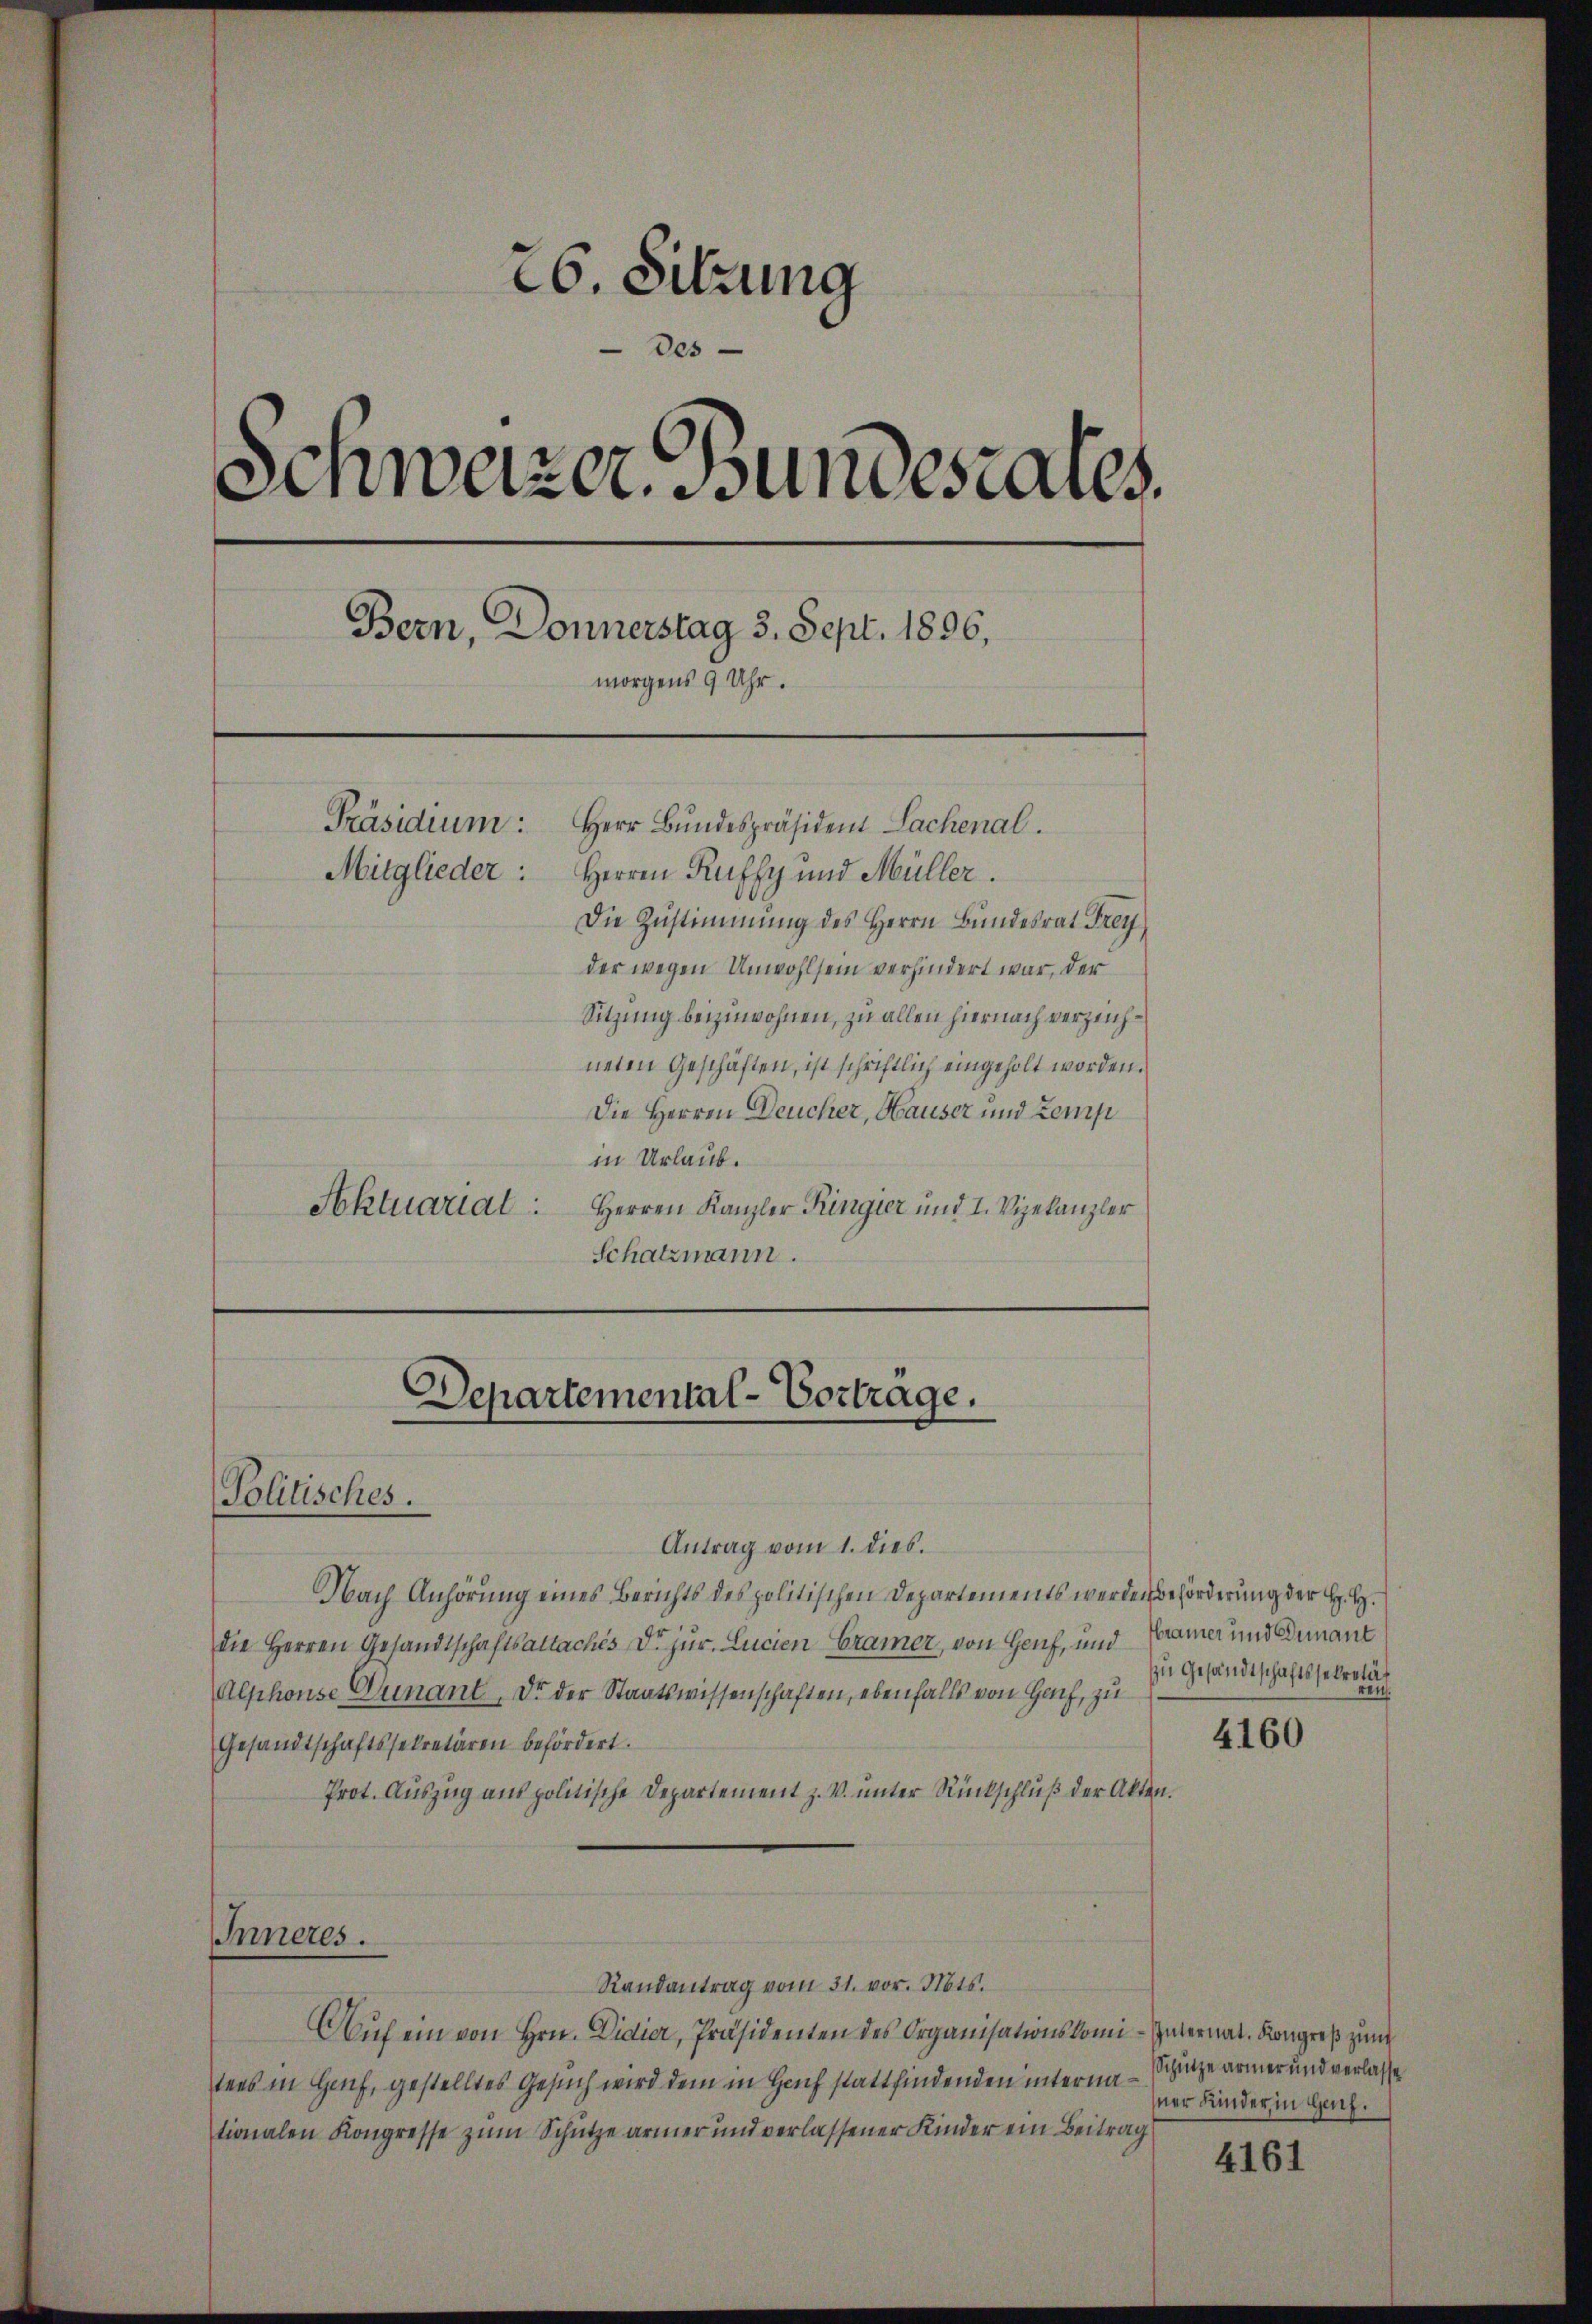
in Urlaub.
Soktuariat
Herren Kanzler Ringier und I. Vizekanzler
Schatzmann.

26. Sitzung
Des
¬
Schweizer. Bundesrates.
Bern, Donnerstag 3. Sept. 1896,
morgens 9 Uhr.
Präsidium:
Herr Bundespräsident Sachenal.
Mitglieder: Herren Kuffy und Müller.
Die Zŭstimmung des Herrn Bŭndesrat Frey
der wegen Unwohlsein verhindert war, der
Sitzung beizuwohnen, zu allen hiernach verzeichneten Geschäften, ist schriftlich eingeholt worden.
Die Herren Deucher, Hauser und Zemp

Departemental-Vorträge.
Politisches.
Antrag vom 1. dies.

Nach Anhörung eines Berichts des politischen Departements werden Beförderung der H. H.
die Herren Gesandtschaftsaltachés Dr. jur. Lucien Cramer, von Genf, und
Alphonse Genant, Dr. der Staatswissenschaften, ebenfalls von Hof, zu
Gesandtschaftssekretären befördert.
Prot. Auszug aus politische Departement z. V. ŭnter Rückschlŭβ der Akte
Inneres.
Randantrag vom 31. vor. Mts.
Auf ein von Hrn. Didier, Präsidenten des Organisationskomi-Internat. Kongreß zum
tens in Hanf, gestelltes Gesuch wird dem in Haus stattfindenden interna - Schanze armer und verlasse
tionalen Kongresse zum Schütze armer und verlassener Kinder ein Beitrag

Hramer und Dunaut
zu Gesandtschaftssekretät
ren.

t

4160

sner Kinder in Genf.

4161